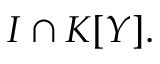
I \cap K [ Y ] .